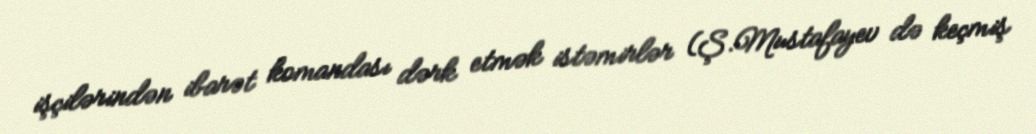
işçilərindən ibarət komandası dərk etmək istəmirlər (Ş.Mustafayev də keçmiş